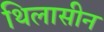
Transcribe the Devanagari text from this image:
थिलासीन